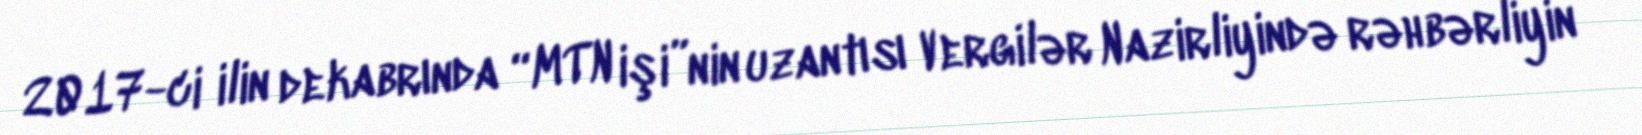
2017-ci ilin dekabrında “MTN işi”nin uzantısı Vergilər Nazirliyində rəhbərliyin